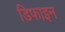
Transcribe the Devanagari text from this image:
डिफाइन